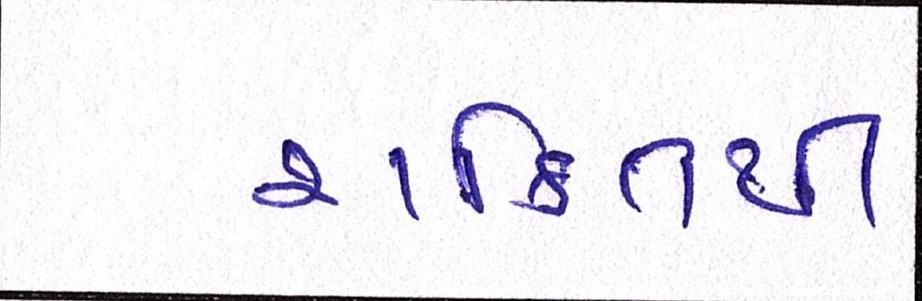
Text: શક્તિથી